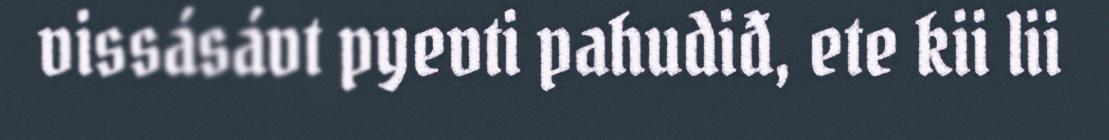
vissásávt pyevti pahudiđ, ete kii lii